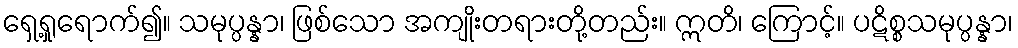
ရှေ့ရှုရောက်၍။ သမုပ္ပန္နာ၊ ဖြစ်သော အကျိုးတရားတို့တည်း။ ဣတိ၊ ကြောင့်။ ပဋိစ္စသမုပ္ပန္နာ၊